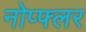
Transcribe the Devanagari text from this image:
नोप्फ्लर